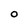
Character: O